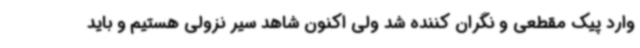
وارد پیک مقطعی و نگران کننده شد ولی اکنون شاهد سیر نزولی هستیم و باید